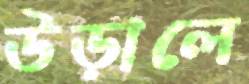
উড়ালে